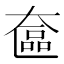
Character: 奩